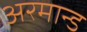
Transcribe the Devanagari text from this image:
अरमान्ड